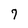
Character: 7